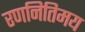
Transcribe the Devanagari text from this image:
रणनितिमय